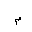
Letter: _mim